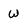
Character: W